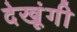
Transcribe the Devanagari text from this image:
देखूंगी